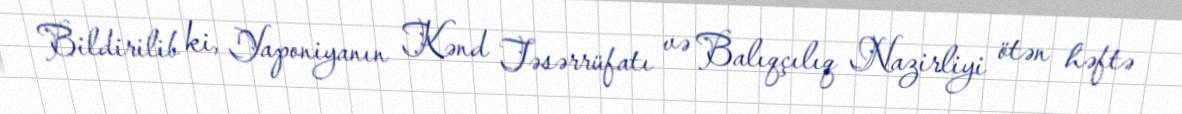
Bildirilib ki, Yaponiyanın Kənd Təsərrüfatı və Balıqçılıq Nazirliyi ötən həftə